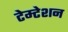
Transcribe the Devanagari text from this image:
टेम्टेशन